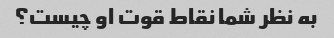
به نظر شما نقاط قوت او چیست؟